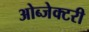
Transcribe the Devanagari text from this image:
ओब्जेक्टरी